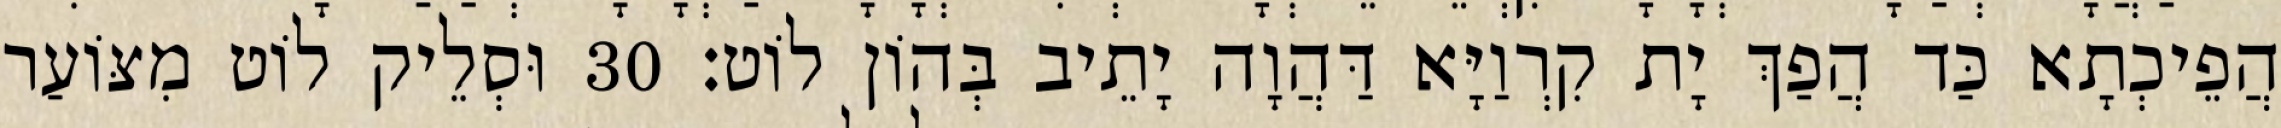
הֲפֵיכְתָא כַּד הֲפַךְ יָת קִרְוַיָּא דַּהֲוָה יָתֵיב בְּהוֹן לוֹט׃ 30 וּסְלֵיק לוֹט מִצּוֹעַר